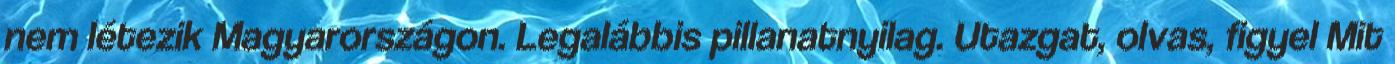
nem létezik Magyarországon. Legalábbis pillanatnyilag. Utazgat, olvas, figyel Mit